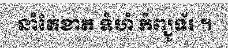
នាំតែខាត ទំហំ កំព្យូទ័រ ។